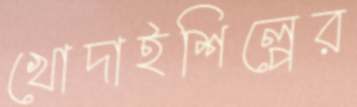
খোদাইশিল্পের